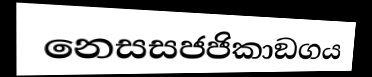
නෙසසජජිකාඞගය